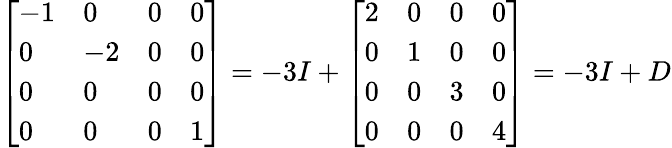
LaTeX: \left[\begin{array}{llll}{-1}&{0}&{0}&{0}\\ {0}&{-2}&{0}&{0}\\ {0}&{0}&{0}&{0}\\ {0}&{0}&{0}&{1}\end{array}\right]=-3I+\left[\begin{array}{llll}{2}&{0}&{0}&{0}\\ {0}&{1}&{0}&{0}\\ {0}&{0}&{3}&{0}\\ {0}&{0}&{0}&{4}\end{array}\right]=-3I+D